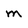
Character: m